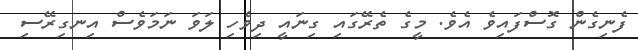
ފެނިގެން ގޮސްފައިވެ އެވެ. މީގެ ތެރޭގައި ގިނައީ ދިވެހި ލަވަ ނަމަވެސް އިނގިރޭސި